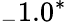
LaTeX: _-1.0^{*}